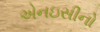
એનઇસીનો